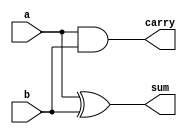
module halfadder(input a,input b, output sum,output carry);  
xor xor1(sum,a,b); 
and and1(carry,a,b); 
endmodule

module full_adder(output sum, output cout, input a, b, c_in);

wire w1;
wire w2;
halfadder h1(a, b, w1, w2);
wire w3;
halfadder h2(w1, c_in, sum, w3);
or o1(cout, w2, w3);
endmodule